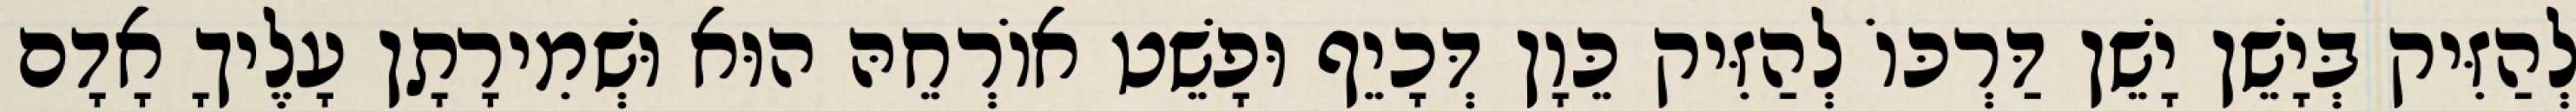
לְהַזִּיק בְּיָשֵׁן יָשֵׁן דַּרְכּוֹ לְהַזִּיק כֵּוָן דְּכָיֵף וּפָשֵׁט אוֹרְחֵהּ הוּא וּשְׁמִירָתָן עָלֶיךָ אָדָם